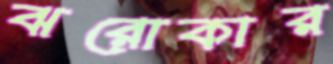
ঝরোকার